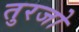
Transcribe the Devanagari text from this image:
तुरजो